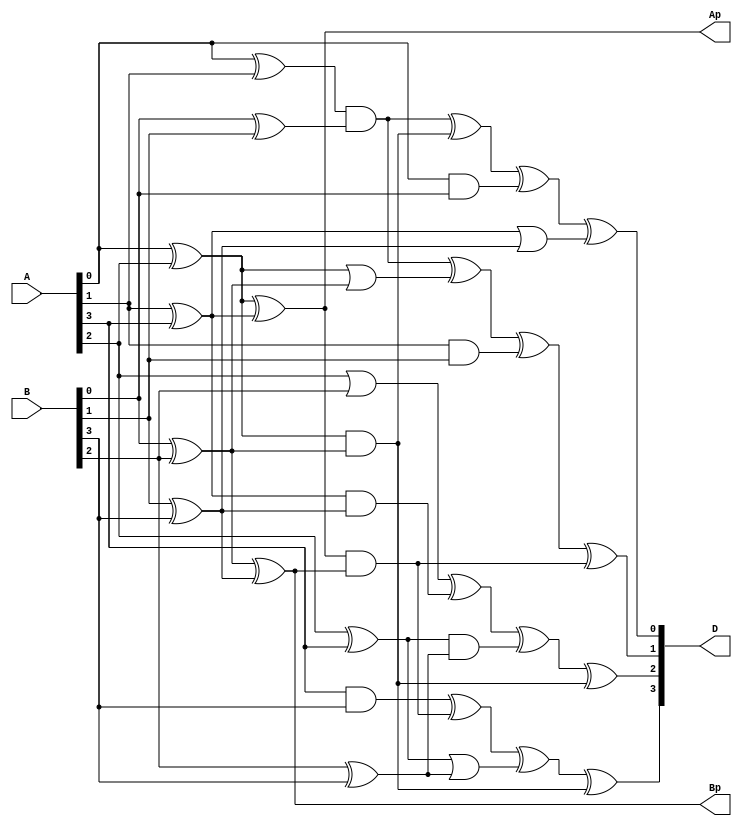
/////////////////////////////////////////////////////////////////////////////////
//
// Original Author: Reyhani-Masoleh, Taha, and Ashmawy
// Adapted by:
// 
// Module Name: exp
// Project Name: aes_sboxes
// Description: Exponentiation.
// 
// Dependencies: None.
// 
// Additional Comments: Based on design from "New Area Record for the AES
//                      Combined S-Box/Inverse S-Box"
// 
//////////////////////////////////////////////////////////////////////////////////

module exp (
        input wire  [3:0]   A,
        input wire  [3:0]   B,
        output wire [3:0]   D,
        output wire         Ap,
        output wire         Bp
    );

    assign Ap = (A[0] ^ A[2]) ^ (A[1] ^ A[3]);
    assign Bp = (B[0] ^ B[2]) ^ (B[1] ^ B[3]);

    assign D[0] = (((A[0] ^ A[1]) & (B[0] ^ B[1])) ^ ((A[0] ^ A[2]) & (B[0] ^ B[2])) ^ (A[0] & B[0]) ^ ((A[1] ^ A[3]) | (B[1] ^ B[3])));
    assign D[1] = (((A[0] ^ A[1]) & (B[0] ^ B[1])) ^ ((A[0] ^ A[2]) | (B[0] ^ B[2])) ^ (A[1] & B[1]) ^ (Ap & Bp));
    assign D[2] = ((A[2] | B[2]) ^ ((A[1] ^ A[3]) & (B[1] ^ B[3])) ^ ((A[2] ^ A[3]) & (B[2] ^ B[3])) ^ ((A[0] ^ A[2]) & (B[0] ^ B[2])));
    assign D[3] = ((A[3] & B[3]) ^ (Ap & Bp) ^ ((A[2] ^ A[3]) | (B[2] ^ B[3])) ^ ((A[0] ^ A[2]) & (B[0] ^ B[2])));

endmodule // exp